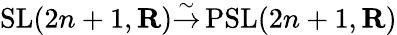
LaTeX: \operatorname{SL}(2n+1,\mathbf{R}){\overset{\sim}{\to}}\operatorname{PSL}(2n+1,\mathbf{R})